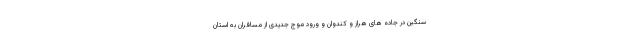
سنگین در جاده های هراز و کندوان و ورود موج جدیدی از مسافران به استان